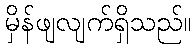
မှိန်ဖျလျက်ရှိသည်။